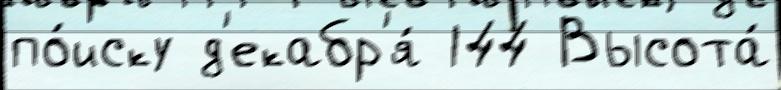
по́иску д'екабр'я́ 144 Высота́